Indian journal of veterinary science and animal husbandry - Volume 6,
Year: 1936
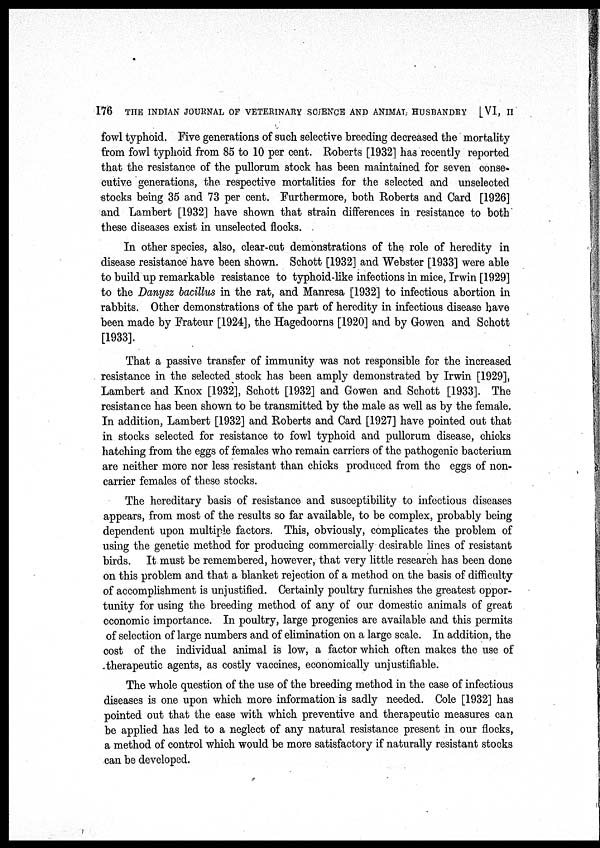
176 THE INDIAN JOURNAL OF VETERINARY SCIENCE AND ANIMAL HUSBANDRY [VI, II
fowl typhoid. Five generations of such selective breeding decreased the mortality
from fowl typhoid from 85 to 10 per cent. Roberts [1932] has recently reported
that the resistance of the pullorum stock has been maintained for seven conse-
cutive generations, the respective mortalities for the selected and unselected
stocks being 35 and 73 per cent. Furthermore, both Roberts and Card [1926]
and Lambert [1932] have shown that strain differences in resistance to both
these diseases exist in unselected flocks.
In other species, also, clear-cut demonstrations of the role of heredity in
disease resistance have been shown. Schott [1932] and Webster [1933] were able
to build up remarkable resistance to typhoid-like infections in mice, Irwin [1929]
to the Danysz bacillus in the rat, and Manresa [1932] to infectious abortion in
rabbits. Other demonstrations of the part of heredity in infectious disease have
been made by Frateur [1924], the Hagedoorns [1920] and by Gowen and Schott
[1933].
That a passive transfer of immunity was not responsible for the increased
resistance in the selected stock has been amply demonstrated by Irwin [1929],
Lambert and Knox [1932], Schott [1932] and Gowen and Schott [1933]. The
resistance has been shown to be transmitted by the male as well as by the female.
In addition, Lambert [1932] and Roberts and Card [1927] have pointed out that
in stocks selected for resistance to fowl typhoid and pullorum disease, chicks
hatching from the eggs of females who remain carriers of the pathogenic bacterium
are neither more nor less resistant than chicks produced from the eggs of non-
carrier females of these stocks.
The hereditary basis of resistance and susceptibility to infectious diseases
appears, from most of the results so far available, to be complex, probably being
dependent upon multiple factors. This, obviously, complicates the problem of
using the genetic method for producing commercially desirable lines of resistant
birds. It must be remembered, however, that very little research has been done
on this problem and that a blanket rejection of a method on the basis of difficulty
of accomplishment is unjustified. Certainly poultry furnishes the greatest oppor-
tunity for using the breeding method of any of our domestic animals of great
economic importance. In poultry, large progenies are available and this permits
of selection of large numbers and of elimination on a large scale. In addition, the
cost of the individual animal is low, a factor which often makes the use of
therapeutic agents, as costly vaccines, economically unjustifiable.
The whole question of the use of the breeding method in the case of infectious
diseases is one upon which more information is sadly needed. Cole [1932] has
pointed out that the ease with which preventive and therapeutic measures can
be applied has led to a neglect of any natural resistance present in our flocks,
a method of control which would be more satisfactory if naturally resistant stocks
can be developed.